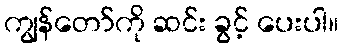
ကျွန်တော်ကို ဆင်း ခွင့် ပေးပါ။